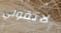
لاتقولي